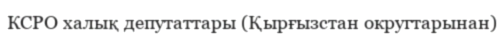
КСРО халық депутаттары (Қырғызстан округтарынан)